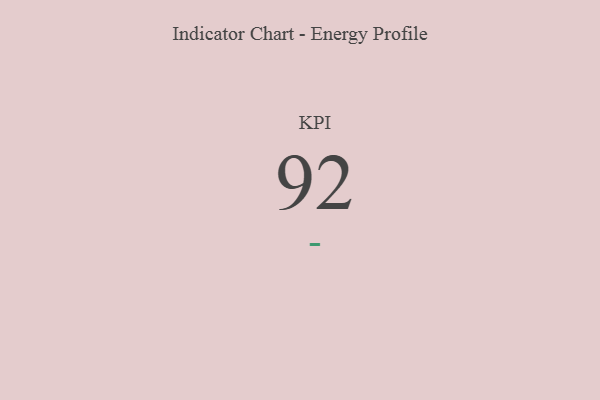
{"axis": {"x": "KPI", "y": "Value"}, "legend": [""], "data": [{"x": "KPI", "y": 92, "type": ""}]}